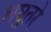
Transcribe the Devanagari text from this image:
लघुतरे